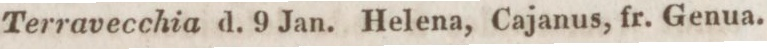
Terravecchia d. 9 Jan. Helena, Cajanus, fr. Genua.